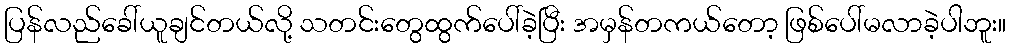
ပြန်လည်ခေါ်ယူချင်တယ်လို့ သတင်းတွေထွက်ပေါ်ခဲ့ပြီး အမှန်တကယ်တော့ ဖြစ်ပေါ်မလာခဲ့ပါဘူး။